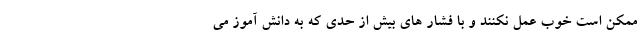
ممکن است خوب عمل نکنند و با فشار های بیش از حدی که به دانش آموز می